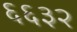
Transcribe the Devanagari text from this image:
६६३२